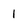
Character: 1